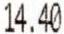
14.40